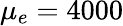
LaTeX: \mu_{e}=4000